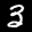
Label: 3